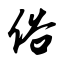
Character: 俗